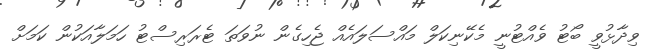
ވިދާޅުވީ ބޯޓު ވެއްޓުނީ މެކޭނިކަލް މައްސަލައެއް ޖެހިގެން ނުވަތަ ޓެރަރިސްޓު ހަމަލާއަކުން ކަމަށް